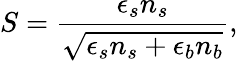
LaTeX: S=\frac{\epsilon_{s}n_{s}}{\sqrt{\epsilon_{s}n_{s}+\epsilon_{b}n_{b}}},